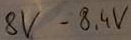
Text: 8V-8,4V